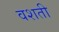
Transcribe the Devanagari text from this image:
वशती